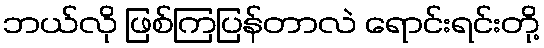
ဘယ်လို ဖြစ်ကြပြန်တာလဲ ရောင်းရင်းတို့